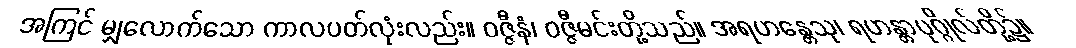
အကြင် မျှလောက်သော ကာလပတ်လုံးလည်း။ ဝဇ္ဇီနံ၊ ဝဇ္ဇီမင်းတို့သည်။ အရဟန္တေသု၊ ရဟန္တာပုဂ္ဂိုလ်တို့၌။